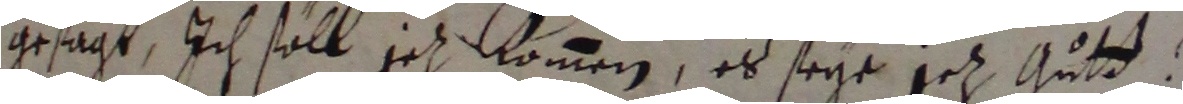
gesagt, ich soll jch kömmen, es sege gez gut